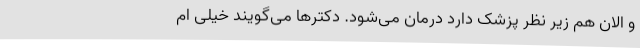
و الان هم زیر نظر پزشک دارد درمان می‌شود. دکترها می‌گویند خیلی ام